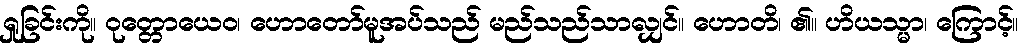
ရှုခြင်းကို။ ဝုတ္တောယေဝ၊ ဟောတော်မူအပ်သည် မည်သည်သာလျှင်။ ဟောတိ၊ ၏။ ဟိယသ္မာ၊ ကြောင့်။